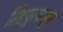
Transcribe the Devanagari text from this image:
सिद्दपूरपासून